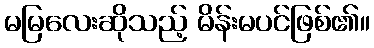
မမြလေးဆိုသည့် မိန်းမပင်ဖြစ်၏။